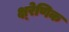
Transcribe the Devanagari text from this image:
क्ष्रेणिक